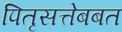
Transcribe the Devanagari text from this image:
पितृसत्तेबबत